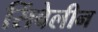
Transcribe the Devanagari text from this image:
सिंबेलीन